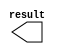
module const0 (
	result)/* synthesis synthesis_clearbox = 1 */;

	output	[31:0]  result;

endmodule